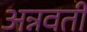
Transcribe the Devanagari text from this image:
अन्नवती